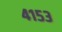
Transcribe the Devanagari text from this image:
४१५३